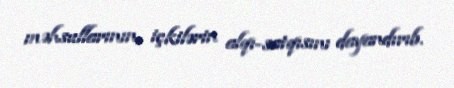
məhsullarının, içkilərin alqı-satqısını dayandırıb.